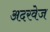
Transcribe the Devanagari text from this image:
अदरवेज